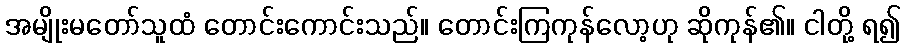
အမျိုးမတော်သူထံ တောင်းကောင်းသည်။ တောင်းကြကုန်လော့ဟု ဆိုကုန်၏။ ငါတို့ ရ၍